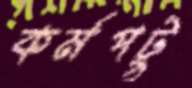
কর্মপটু